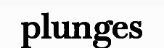
plunges